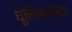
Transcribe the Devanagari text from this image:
धूलिकणाच्या